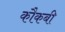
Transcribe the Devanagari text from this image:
कौकबी